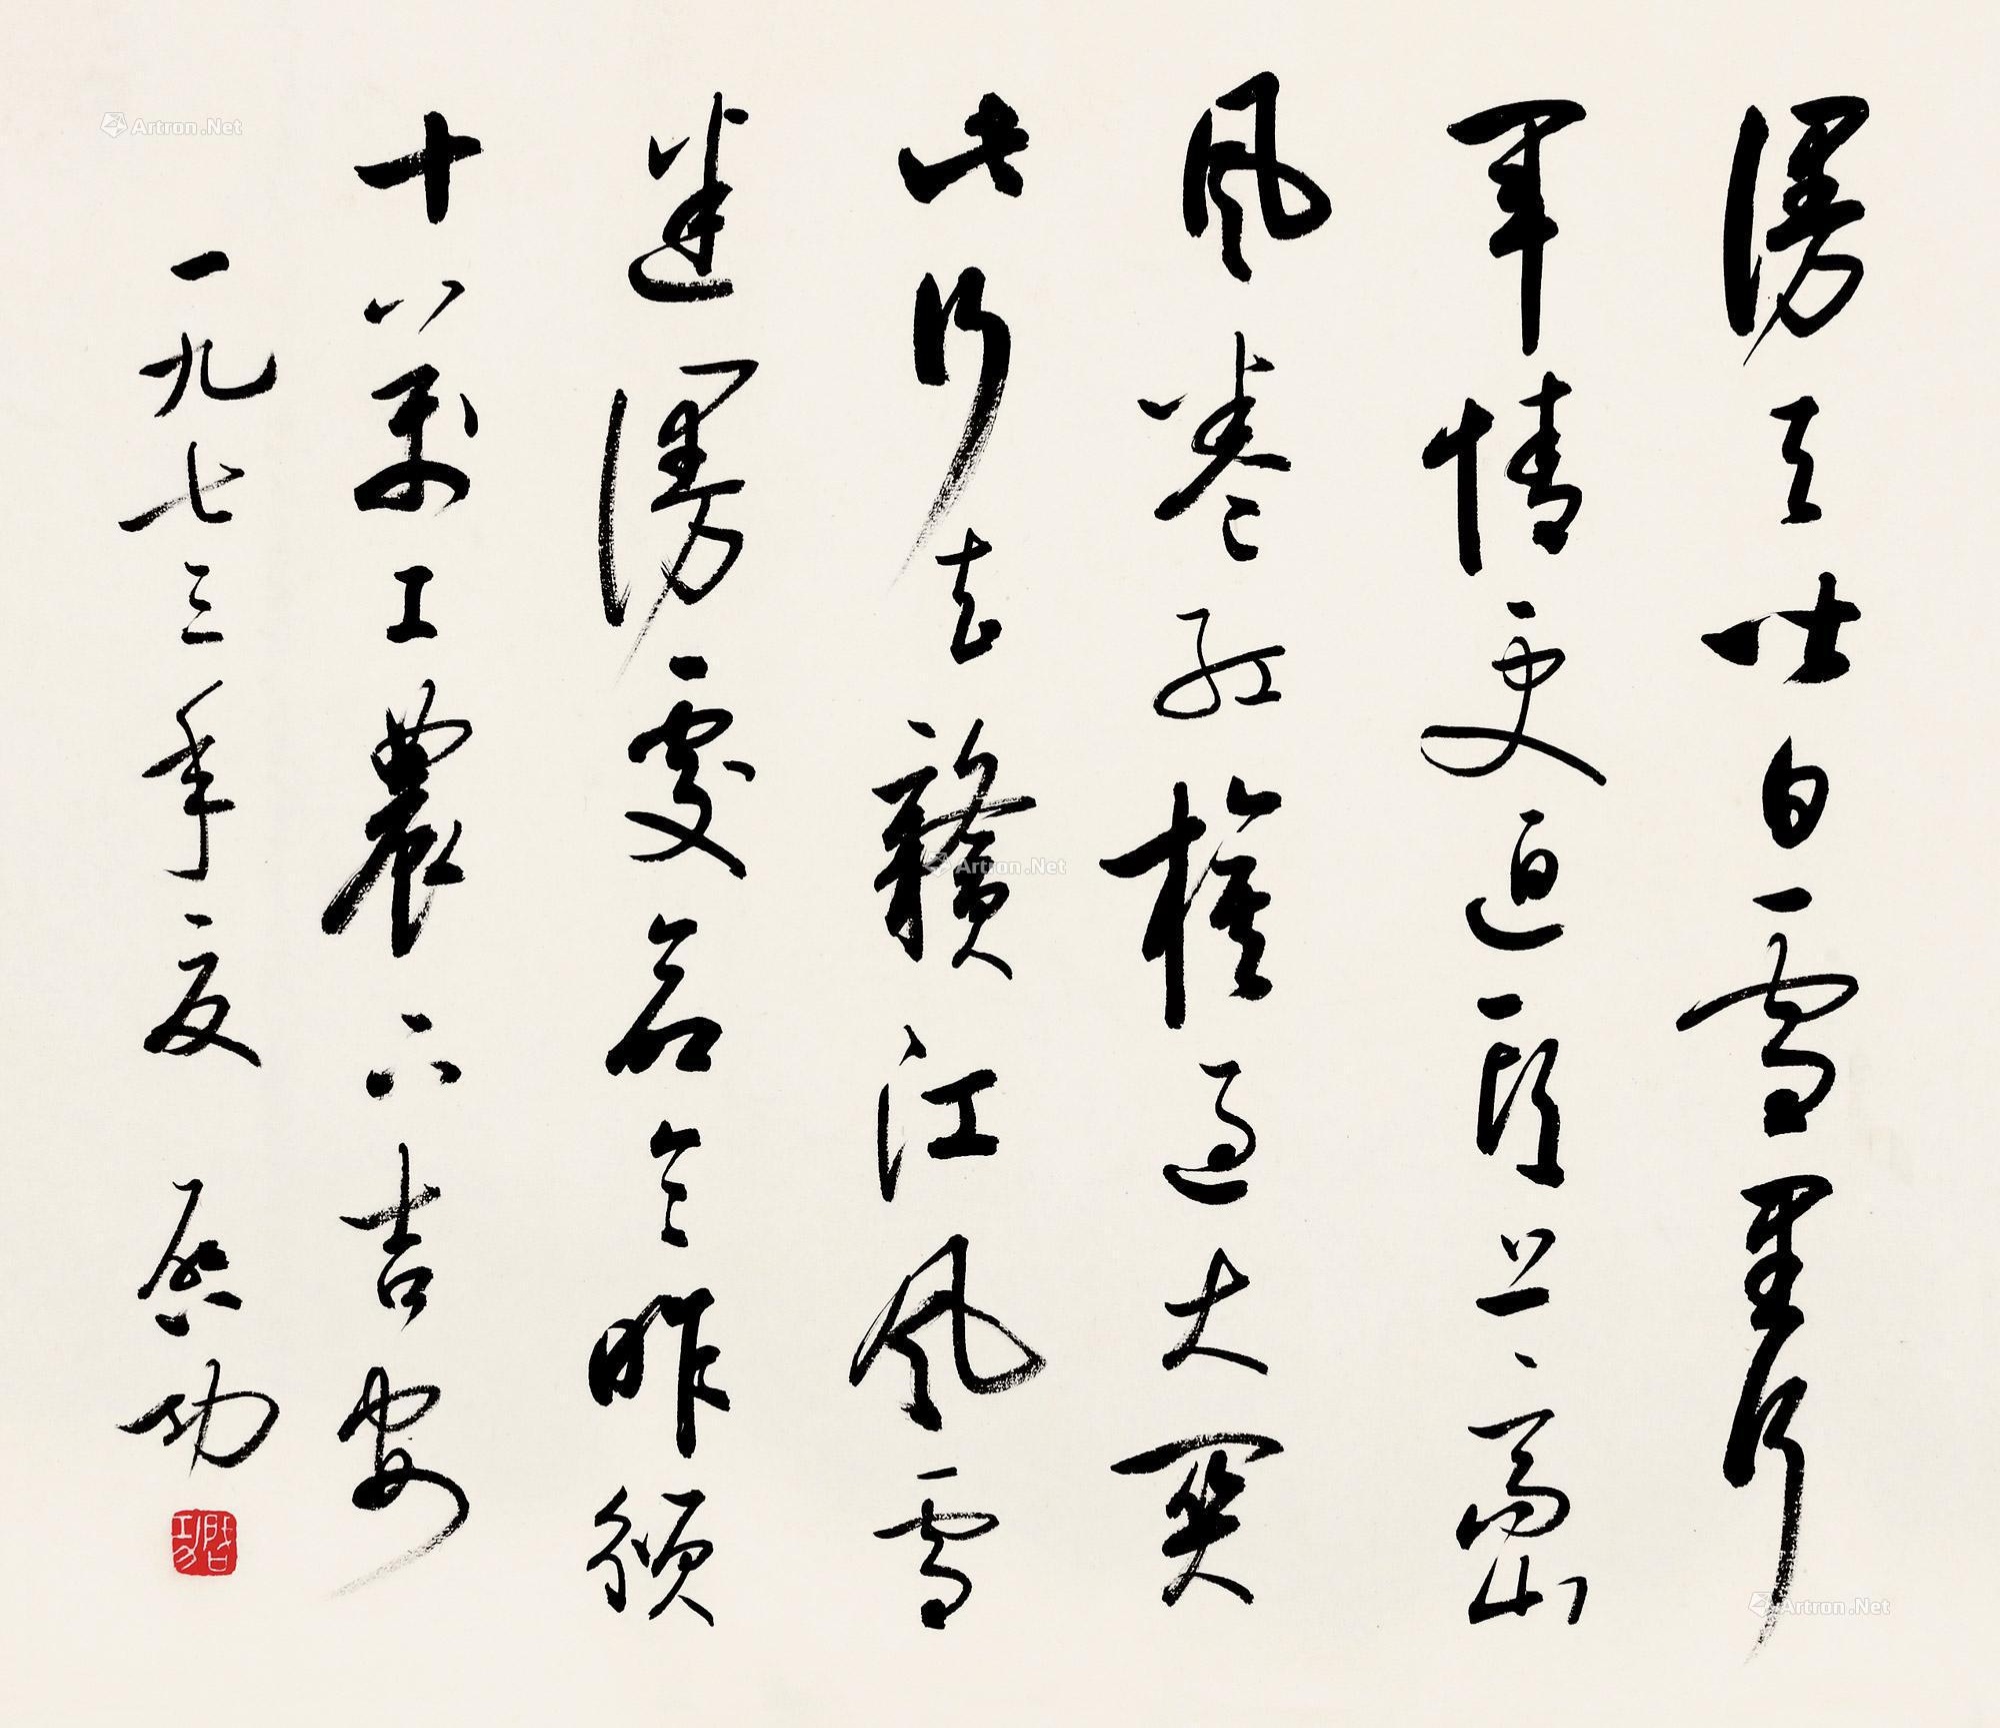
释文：漫天皆白，雪里行军情更迫。头上高山，风卷红旗过大关。此行何去？赣江风雪迷漫处。命令昨颁，十万工农下吉安。一九七三年夏，启功。